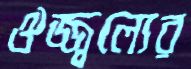
ঔজ্জ্বল্যের